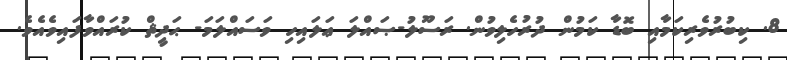
8. ކިބުރުވެރިކަމާއި ބޮޑާ ކަމުން ދުރުހެލިވުން. ރަސޫލު-ޞައްލަ ޢަލައިހި ވަސައްލަމަ- ޙަދީޘް ކުރައްވާފައިވެއެވެ.